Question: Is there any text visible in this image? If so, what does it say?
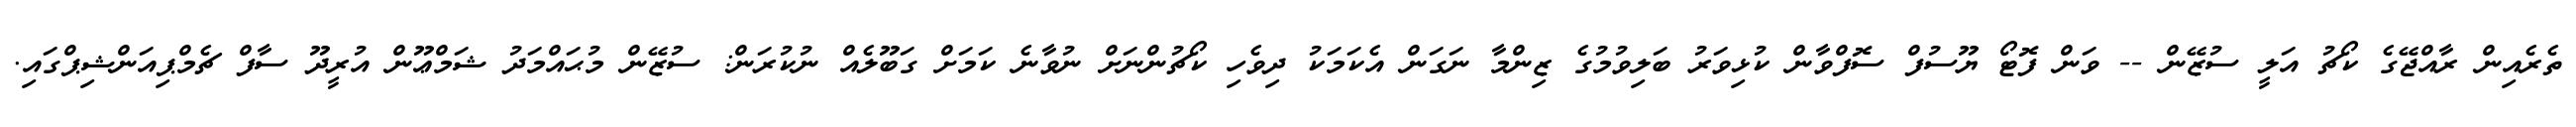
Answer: ތެރެއިން ރާއްޖޭގެ ކޯޗު އަލީ ސުޒޭން -- ވަން ފޮޓޯ ޔޫސުފް ސޮފްވާން ކުޅިވަރު ބަލިވުމުގެ ޒިންމާ ނަގަން އެކަމަކު ދިވެހި ކޯޗުންނަށް ނުވާނެ ކަމަށް ގަބޫލެއް ނުކުރަން: ސުޒޭން މުޙައްމަދު ޝަމްޢޫން އުރީދޫ ސާފް ޗެމްޕިއަންޝިޕްގައި.